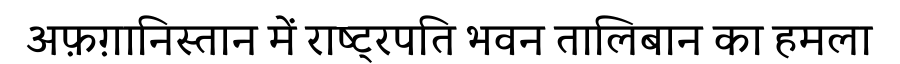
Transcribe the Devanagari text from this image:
अफ़ग़ानिस्तान में राष्ट्रपति भवन तालिबान का हमला